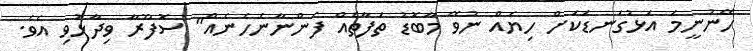
ހޭނުނީމަ އަޅުގަނޑަކަށް ހިޔެއް ނުވޭ މާބޮޑު ތަފާތެއް ފެންނާނެހެނެއް" ސޮފޫރާ ވިދާޅުވި އެވެ.